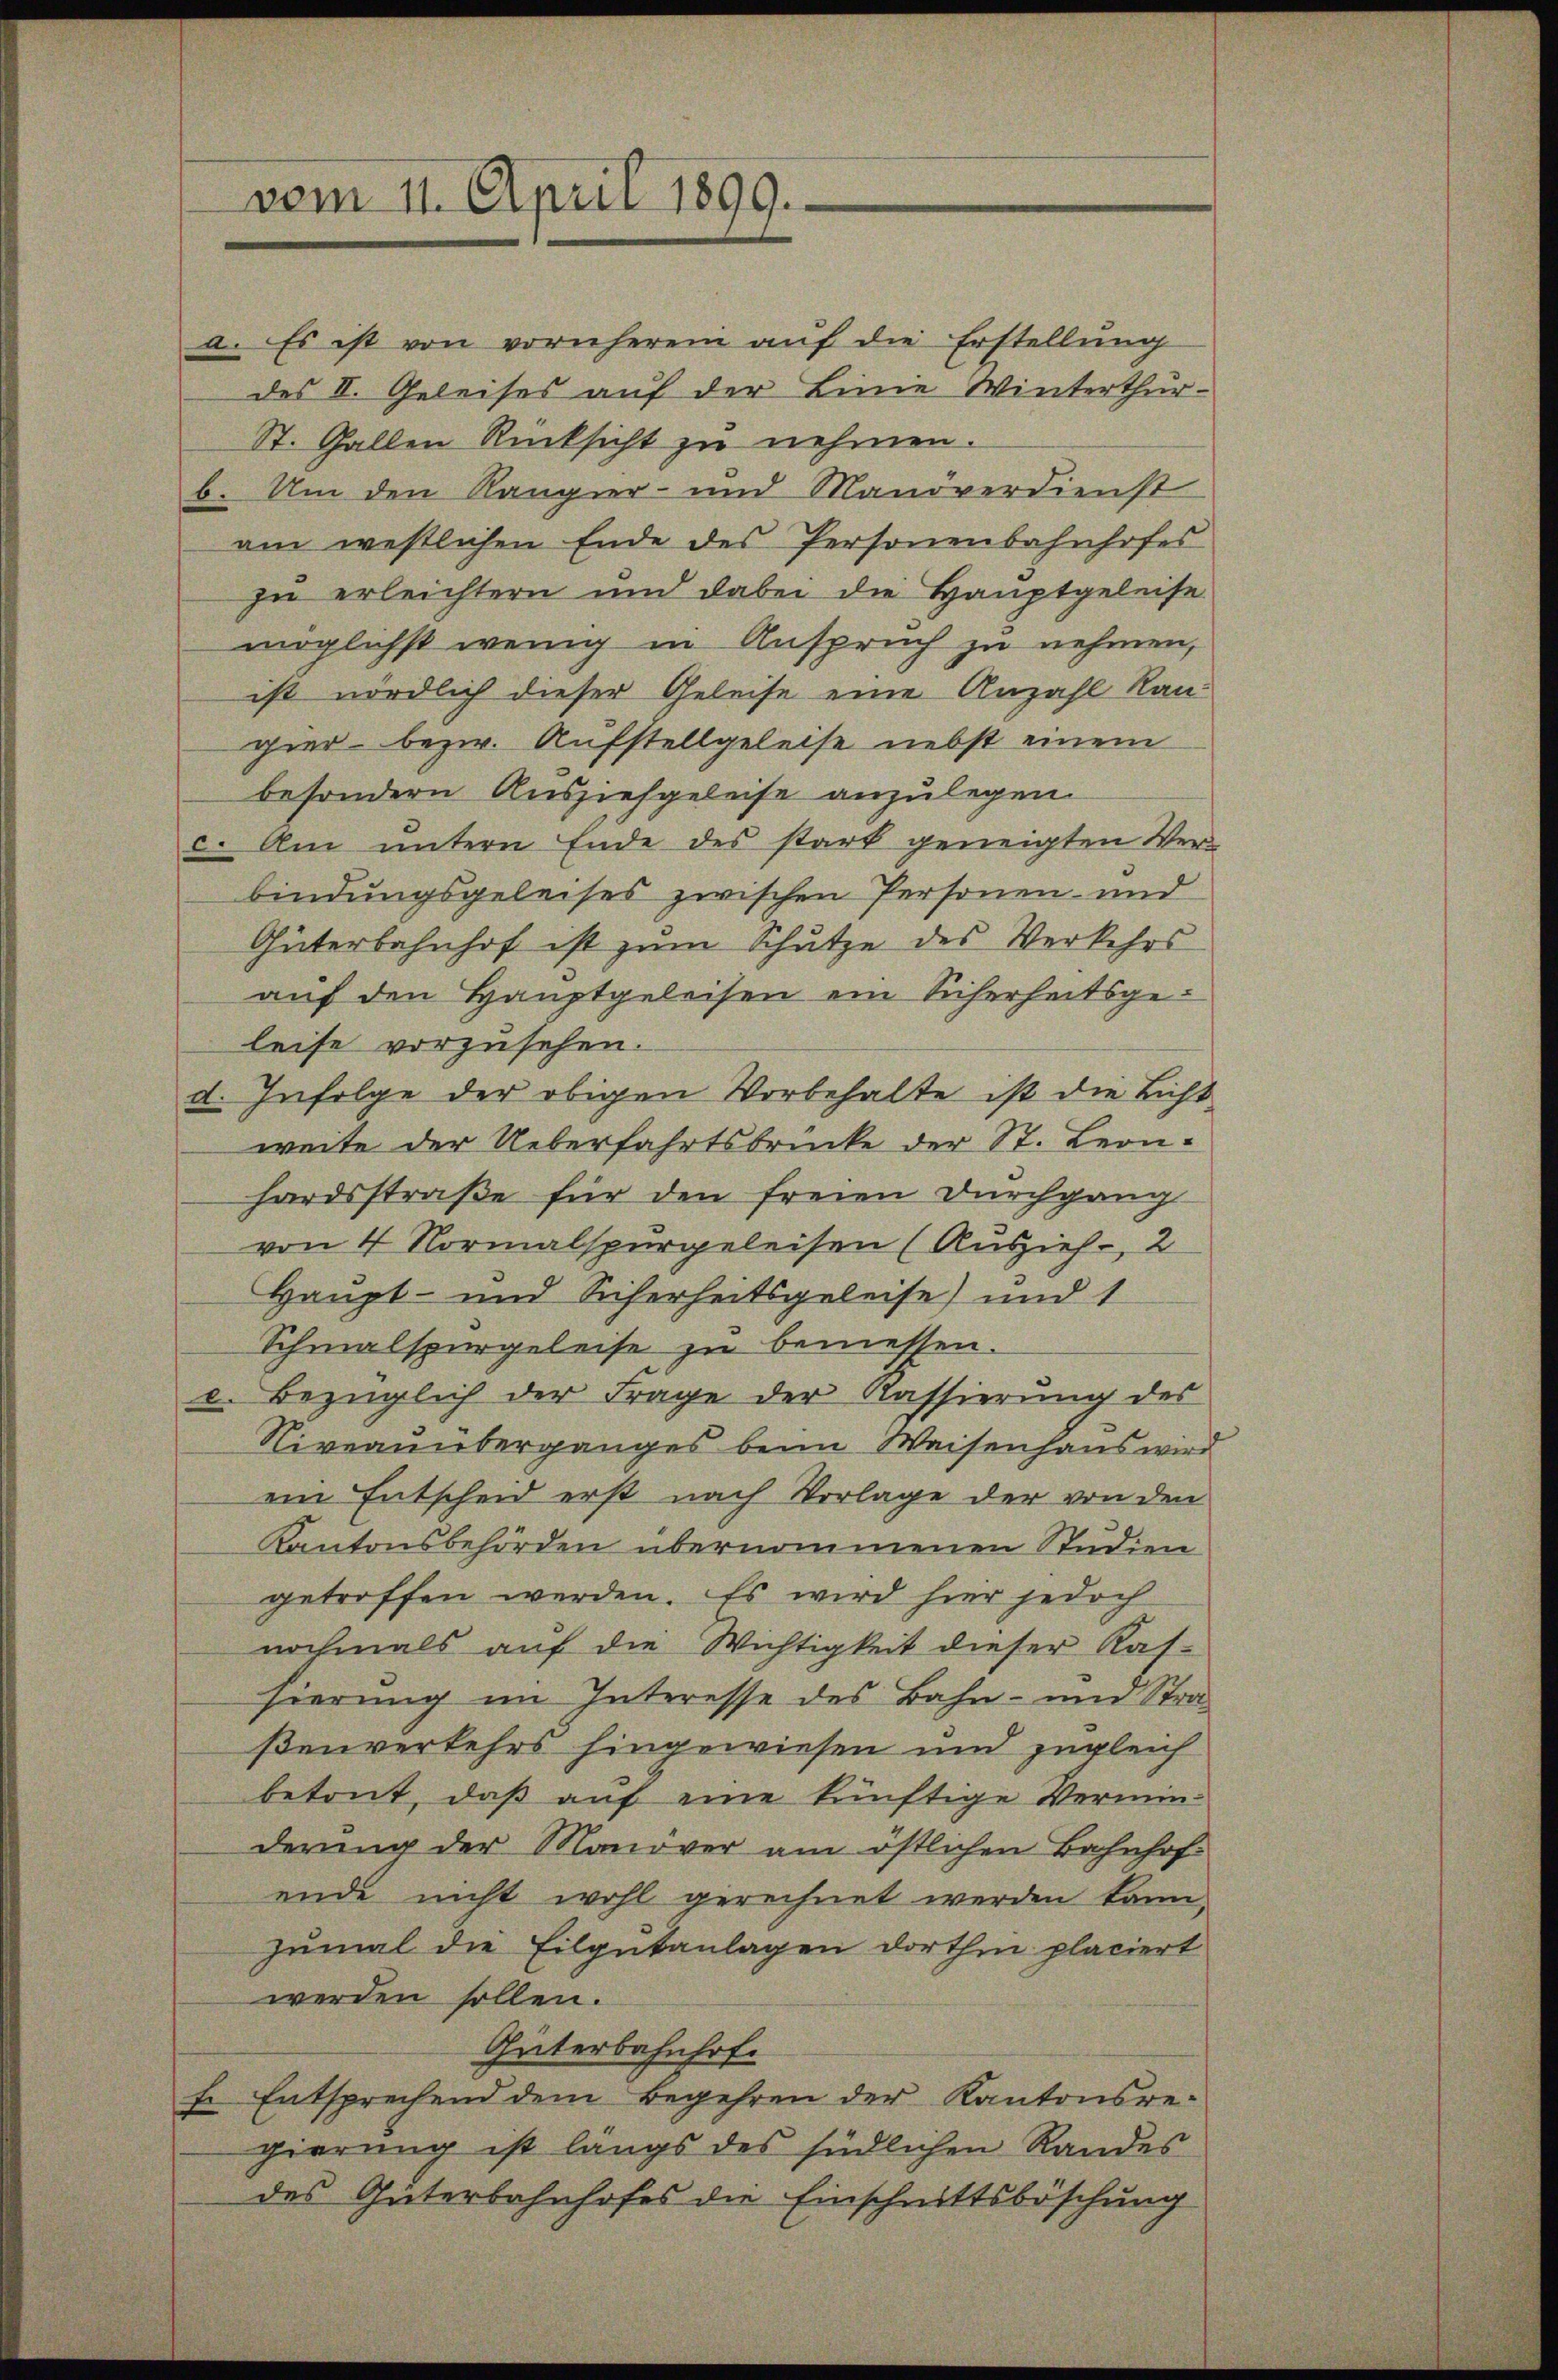
vom 11. April 1899.

a. Es ist von vornherein auf die Erstellung
des II. Geleises auf der Linie Winterthur¬
St. Gallen Rücksicht zu nehmen.
b. Um den Rangier- und Manöverdienst
am westlichen Ende des Personenbahnhofes
zu erleichtern und dabei die Hauptgeleise
möglichst wenig in Anspruch zu nehmen,
ist nördlich dieser Geleise eine Anzahl kan
gier bezw. Aufstellgeleise nebst einem
besondern Ausziefgeleise anzulegen.
c. Am untern Ende des stark geneigten Ver-
bindungsgeleises zwischen Personen- und
Güterbahnhof ist zum Schutze des Verkehrs
auf den Hauptgeleisen ein Sicherheitsgeleise vorzusehen.
d. Infolge der obigen Vorbehalte ist die Licht
weite der Ueberfahrtsbrücke der St. Leonhardsstraβe für den freien Durchgang
von 4 Normalspurgeleisen (Auszieh-, 2
Haupt- und Sicherheitsgeleise) und 1
Schmalspurgeleise zu bemessen.
e. Bezüglich der Frage der Kassierung des
Niveauüberganges beim Waisenhaus wird
ein Entscheid erst nach Vorlage der von den
Kantonsbehörden übernommenen Studien
getroffen werden. Es wird hier jedoch
nochmals auf die Wichtigkeit dieser Kassierung im Interesse des Bahn- und Straßenverkehrs hingewiesen und zugleich
betont, daß auf eine künftige Vermin-
derung der Manover am östlichen Bahnhofende nicht wohl gerechnet werden kann,
zumal die Eilgutanlagen dorthin placiert
werden sollen.
Güterbahnhof.
f. Entsprechend dem Begehren der Kantonsregierung ist längs des südlichen Randes
des Güterbahnhofes die Einschnittsböschung